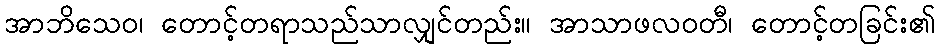
အာဘိသေဝ၊ တောင့်တရာသည်သာလျှင်တည်း။ အာသာဖလဝတီ၊ တောင့်တခြင်း၏